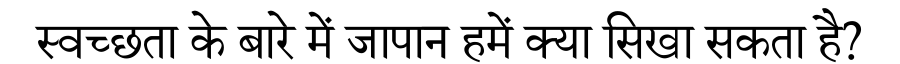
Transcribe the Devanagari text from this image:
स्वच्छता के बारे में जापान हमें क्या सिखा सकता है?